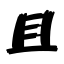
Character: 且